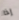
إذا